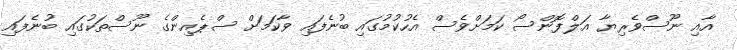
އާއި ނޫސްވެރިޔާ އަލްފޮންސޯ ކަމަށްވެސް އެހުކުމުގައި ބުނެފައި ވާކަމަށް ސްޕެއިންގެ ނޫސްތަކުގައި ބުނެފައި